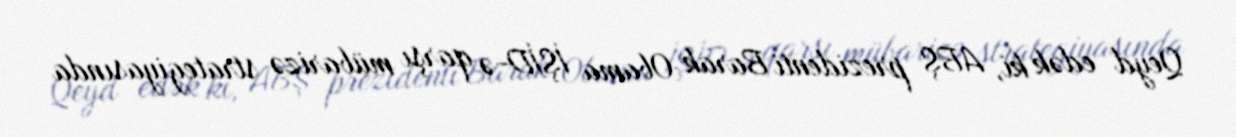
Qeyd edək ki, ABŞ prezidenti Barak Obama İŞİD-ə qarşı mübarizə strategiyasında